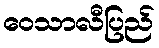
ဝေသာလီပြည်